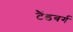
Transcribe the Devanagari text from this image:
टैंडबर्ग